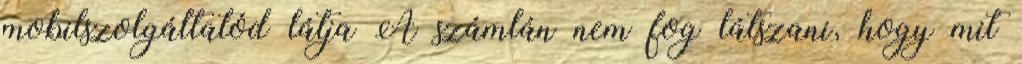
mobilszolgáltatód látja A számlán nem fog látszani, hogy mit